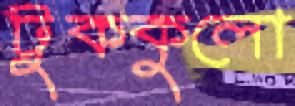
টুককুলো